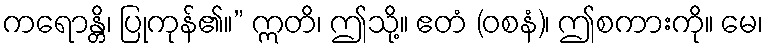
ကရောန္တိ၊ ပြုကုန်၏။” ဣတိ၊ ဤသို့။ ဧတံ (ဝစနံ)၊ ဤစကားကို။ မေ၊